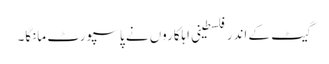
گیٹ کے اندر فلسطینی اہلکاروں نے پاسپورٹ مانگا۔